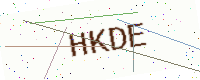
Text: HKDE